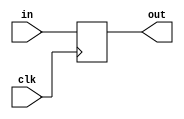
`timescale 1ns / 1ps
//////////////////////////////////////////////////////////////////////////////////
// Company: 
// Engineer: 
// 
// Design Name: 
// Module Name:    D 
// Project Name: 
// Target Devices: 
// Tool versions: 
// Description: 
//
// Dependencies: 
//
// Revision: 
// Revision 0.01 - File Created
// Additional Comments: 
//
//////////////////////////////////////////////////////////////////////////////////
module D(
	input clk,
	input [31:0] in,
	output reg [31:0] out
    );
	always @ (posedge clk) begin
		out = in;
	end
endmodule